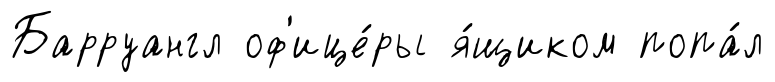
Барруангл оф'ице́ры я́щиком попа́л